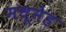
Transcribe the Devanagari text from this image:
मधूमेह